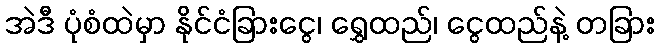
အဲဒီ ပုံစံထဲမှာ နိုင်ငံခြားငွေ၊ ရွှေထည်၊ ငွေထည်နဲ့ တခြား